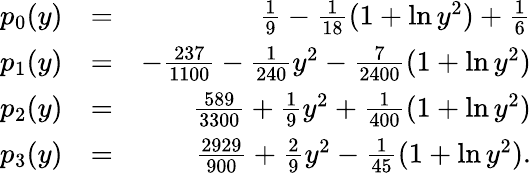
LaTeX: \begin{array}{rlr}{p_{0}(y)}&{=}&{\frac{1}{9}-\frac{1}{18}(1+\ln y^{2})+\frac{1}{6}}\\ {p_{1}(y)}&{=}&{-\frac{237}{1100}-\frac{1}{240}y^{2}-\frac{7}{2400}(1+\ln y^{2})}\\ {p_{2}(y)}&{=}&{\frac{589}{3300}+\frac{1}{9}y^{2}+\frac{1}{400}(1+\ln y^{2})}\\ {p_{3}(y)}&{=}&{\frac{2929}{900}+\frac{2}{9}y^{2}-\frac{1}{45}(1+\ln y^{2}).}\end{array}